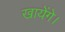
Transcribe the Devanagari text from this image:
खायेंगे।